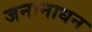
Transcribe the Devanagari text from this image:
जनानाधन